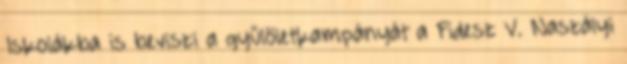
›Iskolákba is beviszi a gyűlöletkampányát a Fidesz V. Naszályi